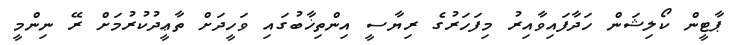
ޕާޓީން ކޯލިޝަން ހަދާފައިވާއިރު މިފަހަރުގެ ރިޔާސީ އިންތިޚާބުގައި ވަހީދަށް ތާޢީދުކުރުމަށް ރޭ ނިންމީ